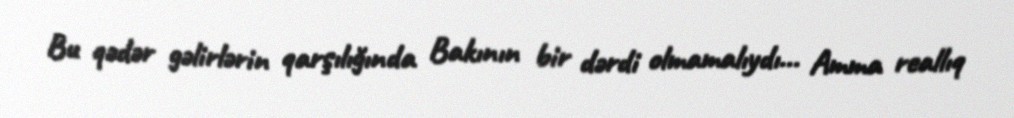
Bu qədər gəlirlərin qarşılığında Bakının bir dərdi olmamalıydı... Amma reallıq